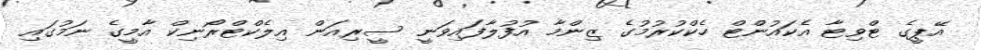
އޭޕީގެ ޓްވިޓާ އެކައުންޓް ހެކްކުރުމުގެ ޒިންމާ އުފުލާފައިވަނީ ސީރިއަން އިލެކްޓްރޯނިކް އާމީގެ ނަމުގައި